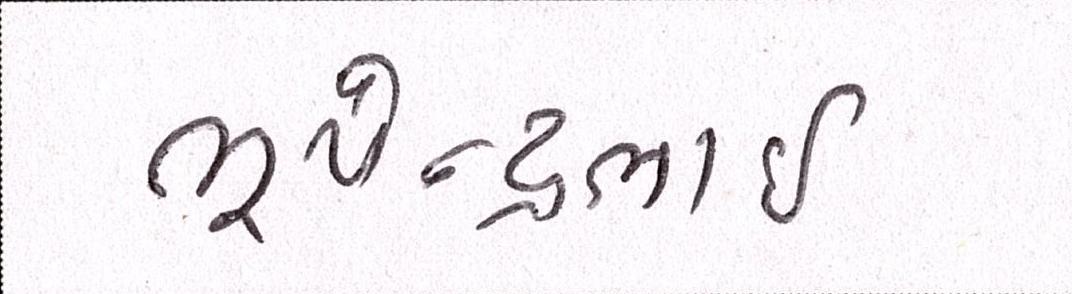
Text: ભૂપેન્દ્રભાઈ